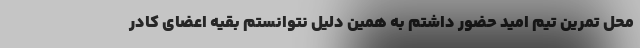
محل تمرین تیم امید حضور داشتم به همین دلیل نتوانستم بقیه اعضای کادر